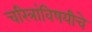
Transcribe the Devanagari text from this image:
चरित्रांविषयीचे